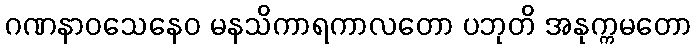
ဂဏနာဝသေနေဝ မနသိကာရကာလတော ပဘုတိ အနုက္ကမတော